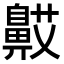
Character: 𬹯